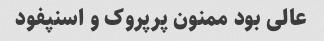
عالی بود ممنون پرپروک و اسنپفود